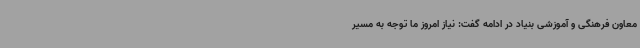
معاون فرهنگی و آموزشی بنیاد در ادامه گفت: نیاز امروز ما توجه به مسیر